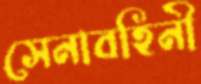
সেনাবহিনী